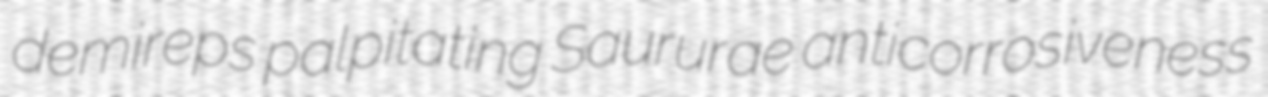
demireps palpitating Saururae anticorrosiveness